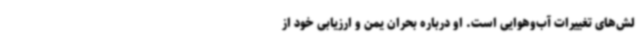
لش‌های تغییرات آب‌وهوایی است. او درباره بحران یمن و ارزیابی خود از